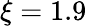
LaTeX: \xi=1.9